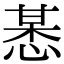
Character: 𢜯